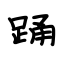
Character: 踊